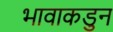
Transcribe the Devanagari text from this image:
भावाकडुन